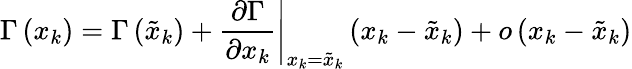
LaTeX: \Gamma\left(x_{k}\right)=\Gamma\left(\tilde{x}_{k}\right)+\left.\frac{\partial\Gamma}{\partial x_{k}}\right|_{x_{k}=\tilde{x}_{k}}\left(x_{k}-\tilde{x}_{k}\right)+o\left(x_{k}-\tilde{x}_{k}\right)